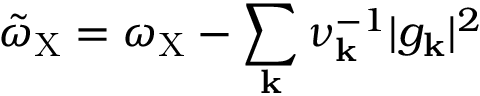
\tilde { \omega } _ { \mathrm { X } } = \omega _ { \mathrm { X } } - \sum _ { \mathbf { k } } \nu _ { \mathbf { k } } ^ { - 1 } \vert g _ { \mathbf { k } } \vert ^ { 2 }